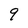
Character: 9